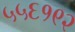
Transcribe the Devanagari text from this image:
५५६१९२